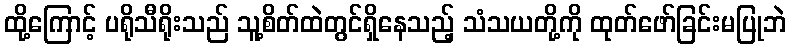
ထို့ကြောင့် ပရိုသီရိုးသည် သူ့စိတ်ထဲတွင်ရှိနေသည့် သံသယတို့ကို ထုတ်ဖော်ခြင်းမပြုဘဲ